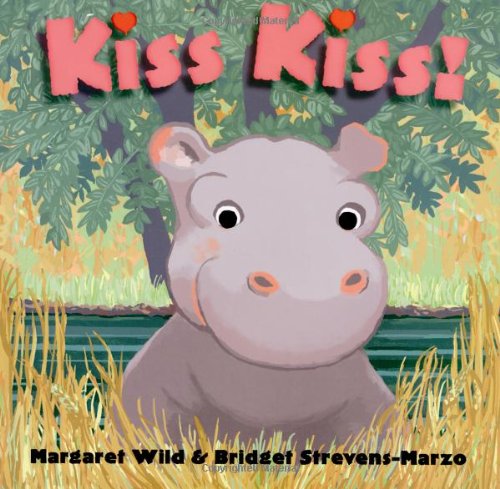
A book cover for Kiss Kiss!; Margaret Wild; Children's Books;